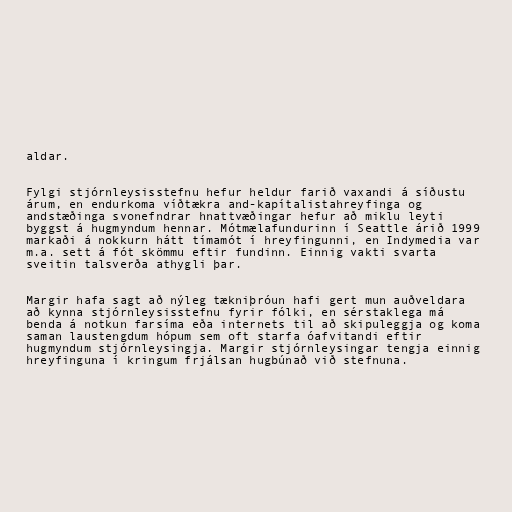
aldar.

Fylgi stjórnleysisstefnu hefur heldur farið vaxandi á síðustu
árum, en endurkoma víðtækra and-kapítalistahreyfinga og
andstæðinga svonefndrar hnattvæðingar hefur að miklu leyti
byggst á hugmyndum hennar. Mótmælafundurinn í Seattle árið 1999
markaði á nokkurn hátt tímamót í hreyfingunni, en Indymedia var
m.a. sett á fót skömmu eftir fundinn. Einnig vakti svarta
sveitin talsverða athygli þar.

Margir hafa sagt að nýleg tækniþróun hafi gert mun auðveldara
að kynna stjórnleysisstefnu fyrir fólki, en sérstaklega má
benda á notkun farsíma eða internets til að skipuleggja og koma
saman laustengdum hópum sem oft starfa óafvitandi eftir
hugmyndum stjórnleysingja. Margir stjórnleysingar tengja einnig
hreyfinguna í kringum frjálsan hugbúnað við stefnuna.